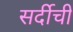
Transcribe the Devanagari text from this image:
सर्दीची